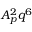
A _ { p } ^ { 2 } q ^ { 6 }